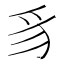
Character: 豸